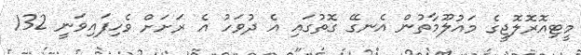
މީޓިއޮރޮލޮޖީގެ މައުލޫމާތުން އެނގޭ ގޮތުގައި އެ ދުވަހު އެ ރަށަށް ވެހިފައިވަނީ 132